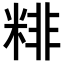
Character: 𥺘